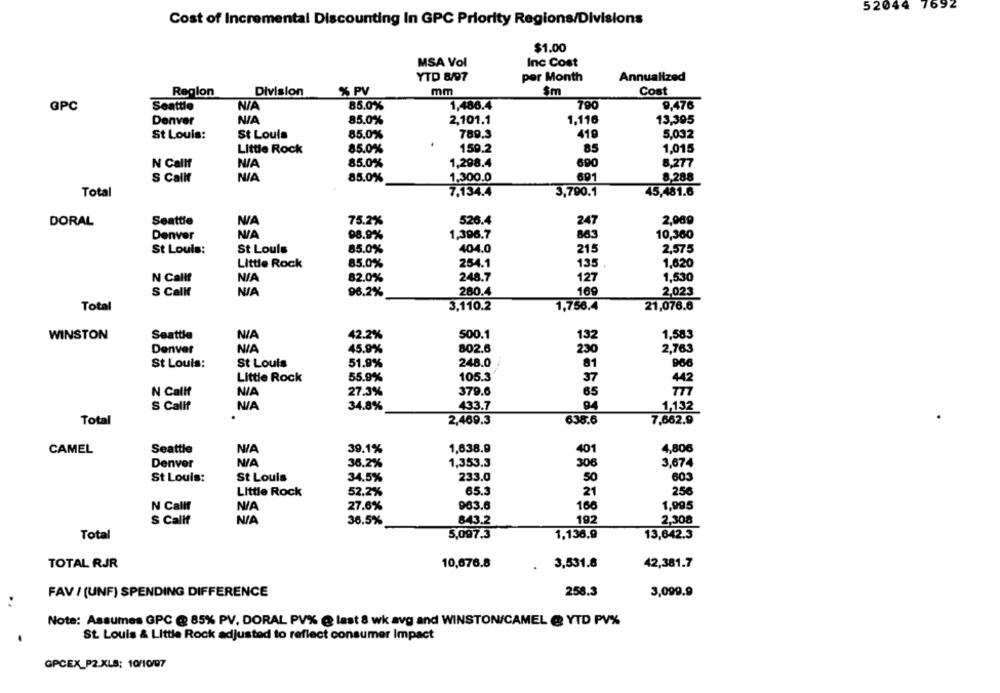
52044 7692
Cost of Incremental Discounting In GPC Priority Regions/Divisions
$1.00
MSA Vol
Inc Cost
YTD 8/97
per Month
Annualized
Region
Division
% PV
mm
Sm
Cost
GPC
Seattle
85.0%
1,486.4
790
9,476
Denver
85.0%
2,101.1
1.116
13,395
St Louis:
St Louis
85.0%
789.3
419
5,032
Little Rock
85.0%
159.2
85
1,015
N Callf
85.0%
1,298.4
690
8,277
S Calif
85.0%
1,300.0
691
8,288
Total
7.134.4
3,790.1
45,481.6
DORAL
Seattle
75.2%
526.4
247
2,989
Denver
98.9%
1,396.7
863
10,360
St Louis:
St Louis
85.0%
404.0
215
2,575
Little Rock
85.0%
254.1
135
1,620
127
N Callf
82.0%
248.7
1,530
280.4
169
2,023
S Callt
96.2%
Total
3,110.2
1,756.4
21,076.6
132
WINSTON
Seattle
42.2%
500.1
1,583
Denver
NIA
45.9%
802.6
230
2,763
St Louis:
St Louis
51.9%
248.0
81
966
Little Rock
55.9%
105.3
37
442
N Callf
27.3%
379.6
65
777
S Calif
34.8%
433.7
94
1,132
Total
2,469.3
638.6
7,662.9
CAMEL
Seattle
39.1%
1,638.9
401
4,806
Denver
36.2%
1,353.3
306
3,674
St Louis:
St Louis
34.5%
233.0
50
603
Little Rock
52.2%
65.3
256
21
27.6%
963.6
166
1,995
N Callf
843.2
192
2,308
S Callf
36.5%
1,136.9
13,642.3
Total
5,097.3
TOTAL RJR
10,676.8
3,531.8
42,381.7
FAV / (UNF) SPENDING DIFFERENCE
258.3
3,099.9
Note: Assumes GPC @ 85% PV, DORAL PV% @ last 8 wk avg and WINSTON/CAMEL @ YTD PV%
St. Louis & Little Rock adjusted to reflect consumer Impact
GPCEX_P2.XLS: 10/10/07